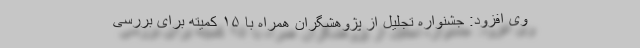
وی افزود: جشنواره تجلیل از پژوهشگران همراه با ۱۵ کمیته برای بررسی